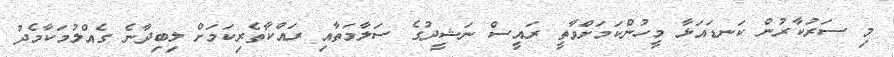
މި ސަރުކާރުން ކަނޑައަޅާ މީހުންކަމަށްވާތީ ރައީސް ނަޝީދުގެ ސަލާމަތާއި ރައްކާތެރިކަމަށް ލިބިދާނެ ގެއްލުމަކާމެދު